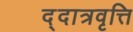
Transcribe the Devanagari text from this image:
द्दात्रवृत्ति